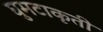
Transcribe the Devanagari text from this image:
घुमटाकृती